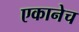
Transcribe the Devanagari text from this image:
एकानेच